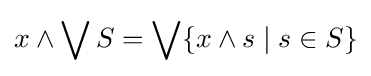
x\wedge \bigvee S=\bigvee \{x\wedge s\mid s\in S\}